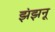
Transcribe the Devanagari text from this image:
झंझनू